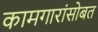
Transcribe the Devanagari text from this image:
कामगारांसोबत